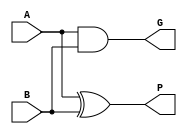
module PG(input wire A,B,
          output wire P,G);

    assign P = A^B;
    assign G = A&B;

endmodule